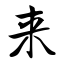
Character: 来